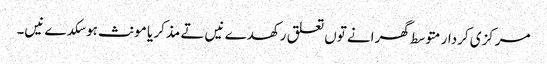
مرکزی کردار متوسط گھرانے تو‏ں تعلق رکھدے نیں تے مذکر یا مونث ہوسکدے نیں۔